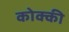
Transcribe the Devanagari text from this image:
कोक्की